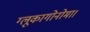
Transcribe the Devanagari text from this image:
ग्लूकागोनोमा।